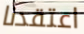
اعتقدنا